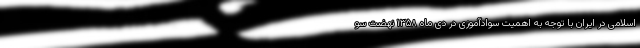
اسلامی در ایران با توجه به اهمیت سوادآموزی در دی ماه ۱۳۵۸ نهضت سو